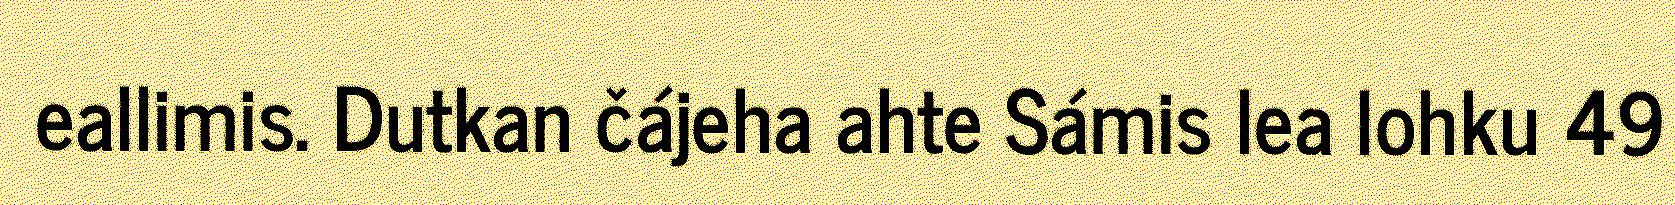
eallimis. Dutkan čájeha ahte Sámis lea lohku 49